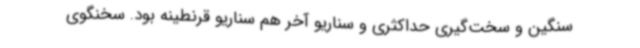
سنگین و سخت‌گیری حداکثری و سناریو آخر هم سناریو قرنطینه بود. سخنگوی